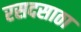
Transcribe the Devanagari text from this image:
रसदसाठा